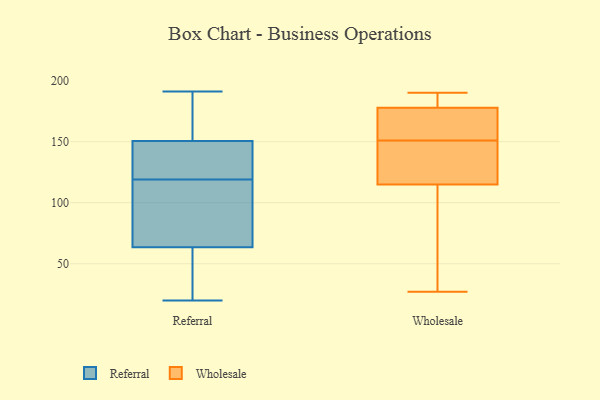
{"axis": {"x": "Headcount", "y": "Value"}, "legend": ["Referral", "Wholesale"], "data": [{"x": "", "y": 157, "type": "Referral"}, {"x": "", "y": 110, "type": "Referral"}, {"x": "", "y": 135, "type": "Referral"}, {"x": "", "y": 128, "type": "Referral"}, {"x": "", "y": 59, "type": "Referral"}, {"x": "", "y": 47, "type": "Referral"}, {"x": "", "y": 68, "type": "Referral"}, {"x": "", "y": 144, "type": "Referral"}, {"x": "", "y": 85, "type": "Referral"}, {"x": "", "y": 191, "type": "Referral"}, {"x": "", "y": 134, "type": "Referral"}, {"x": "", "y": 185, "type": "Referral"}, {"x": "", "y": 56, "type": "Referral"}, {"x": "", "y": 158, "type": "Referral"}, {"x": "", "y": 103, "type": "Referral"}, {"x": "", "y": 20, "type": "Referral"}, {"x": "", "y": 131, "type": "Wholesale"}, {"x": "", "y": 152, "type": "Wholesale"}, {"x": "", "y": 179, "type": "Wholesale"}, {"x": "", "y": 57, "type": "Wholesale"}, {"x": "", "y": 123, "type": "Wholesale"}, {"x": "", "y": 45, "type": "Wholesale"}, {"x": "", "y": 163, "type": "Wholesale"}, {"x": "", "y": 118, "type": "Wholesale"}, {"x": "", "y": 27, "type": "Wholesale"}, {"x": "", "y": 189, "type": "Wholesale"}, {"x": "", "y": 114, "type": "Wholesale"}, {"x": "", "y": 174, "type": "Wholesale"}, {"x": "", "y": 190, "type": "Wholesale"}, {"x": "", "y": 151, "type": "Wholesale"}, {"x": "", "y": 183, "type": "Wholesale"}]}